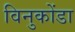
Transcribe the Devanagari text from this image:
विनुकोंडा